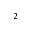
^ 2